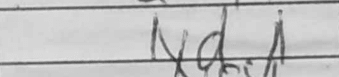
Transcription: Nd1